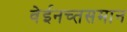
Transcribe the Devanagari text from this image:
वेईनच्तसमान